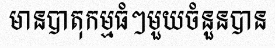
មានបាតុកម្មធំៗមួយចំនួនបាន